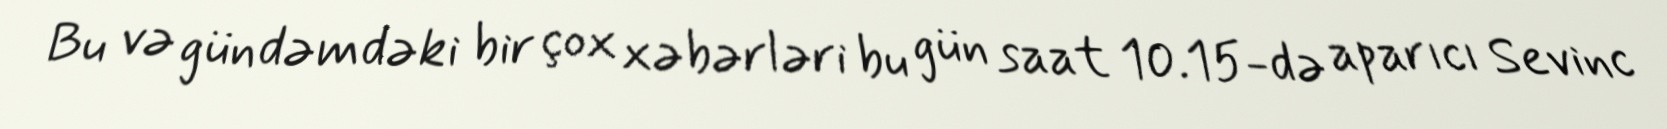
Bu və gündəmdəki bir çox xəbərləri bu gün saat 10.15-də aparıcı Sevinc